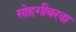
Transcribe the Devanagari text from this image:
सोहगीबरवा